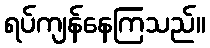
ရပ်ကျန်နေကြသည်။